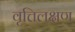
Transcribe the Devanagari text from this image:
वृत्तिलक्षण